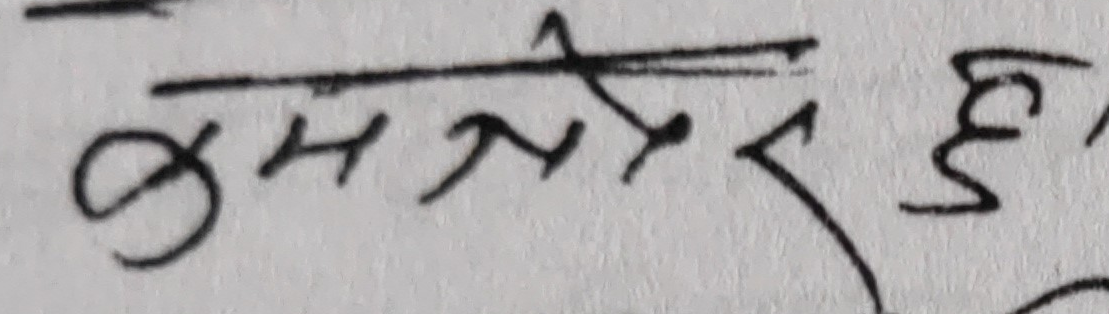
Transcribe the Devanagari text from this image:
कुनै तर हु!